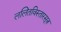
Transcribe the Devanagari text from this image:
ललितविस्तारसूत्र